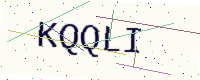
Text: KQQLI